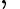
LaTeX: ,~